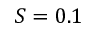
S = 0 . 1